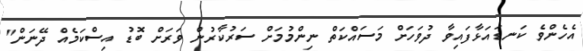
އެހެންވެ ކަނޑައަޅާފައިވާ ދުވަހަށް މަސައްކަތް ނިންމުމަށް ސަރުކާރުން ވަރަށް ބޮޑު އިސްކަމެއް ދޭނަން"